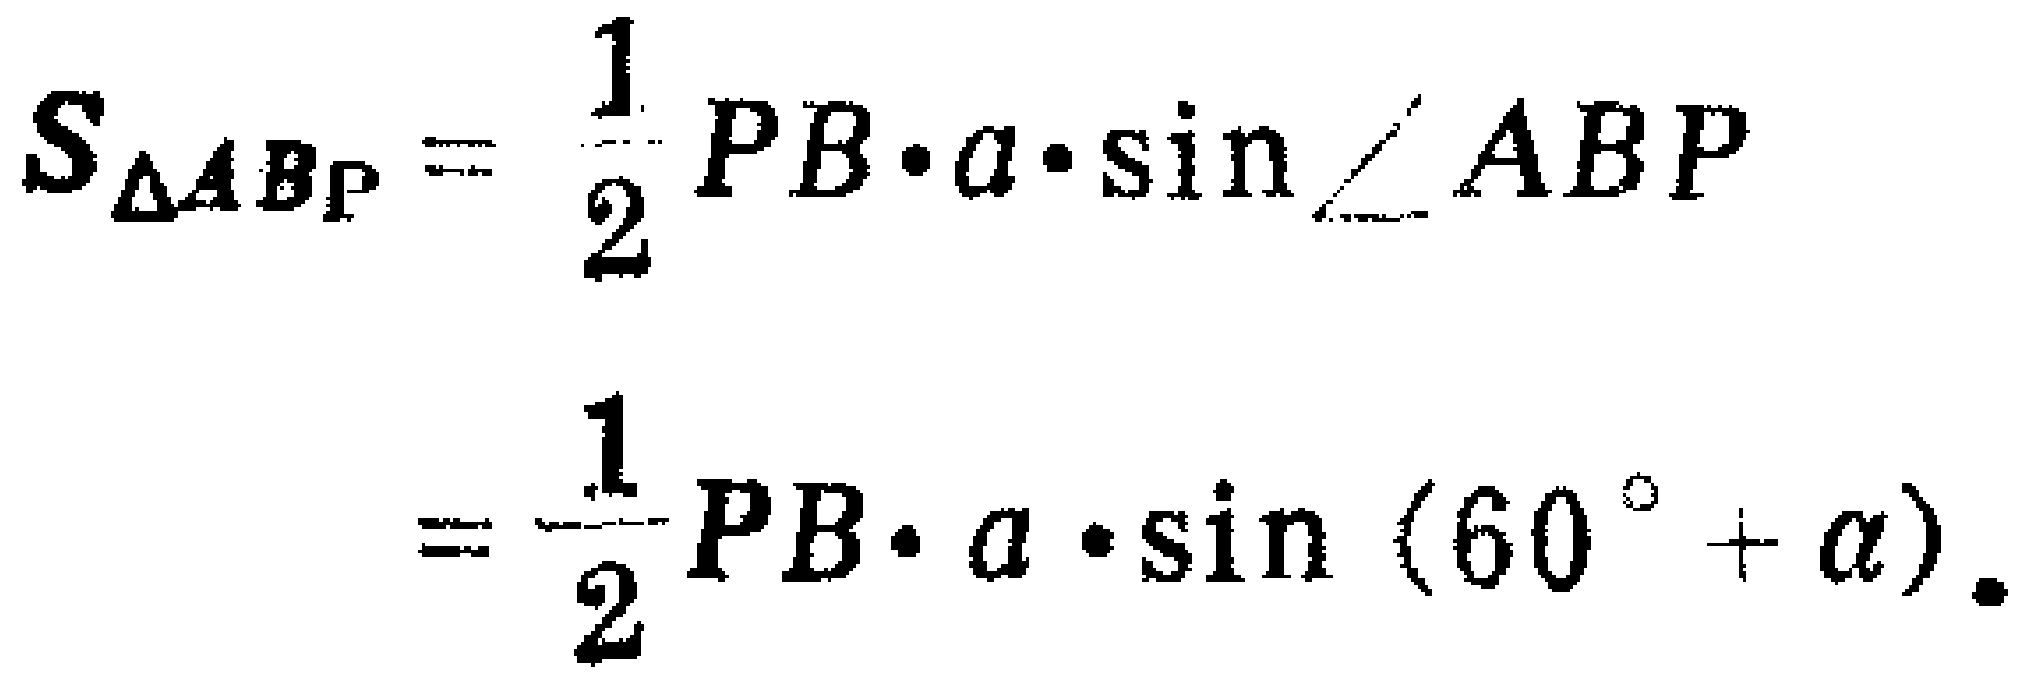
\[
\begin{align*}
S_{\triangle ABP}&=\frac{1}{2}PB\cdot a\cdot\sin\angle ABP\\
&=\frac{1}{2}PB\cdot a\cdot\sin(60^{\circ}+\alpha).
\end{align*}
\]